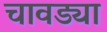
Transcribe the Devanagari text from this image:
चावड्या